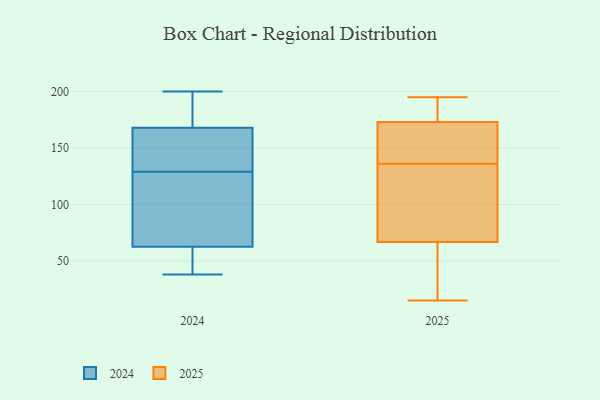
{"axis": {"x": "Inventory Turnover", "y": "Value"}, "legend": ["2024", "2025"], "data": [{"x": "", "y": 144, "type": "2025"}, {"x": "", "y": 19, "type": "2025"}, {"x": "", "y": 109, "type": "2025"}, {"x": "", "y": 167, "type": "2025"}, {"x": "", "y": 123, "type": "2025"}, {"x": "", "y": 110, "type": "2025"}, {"x": "", "y": 81, "type": "2025"}, {"x": "", "y": 186, "type": "2025"}, {"x": "", "y": 15, "type": "2025"}, {"x": "", "y": 173, "type": "2025"}, {"x": "", "y": 194, "type": "2025"}, {"x": "", "y": 25, "type": "2025"}, {"x": "", "y": 136, "type": "2025"}, {"x": "", "y": 28, "type": "2025"}, {"x": "", "y": 181, "type": "2025"}, {"x": "", "y": 143, "type": "2025"}, {"x": "", "y": 62, "type": "2025"}, {"x": "", "y": 173, "type": "2025"}, {"x": "", "y": 195, "type": "2025"}, {"x": "", "y": 160, "type": "2024"}, {"x": "", "y": 200, "type": "2024"}, {"x": "", "y": 103, "type": "2024"}, {"x": "", "y": 105, "type": "2024"}, {"x": "", "y": 180, "type": "2024"}, {"x": "", "y": 45, "type": "2024"}, {"x": "", "y": 160, "type": "2024"}, {"x": "", "y": 176, "type": "2024"}, {"x": "", "y": 62, "type": "2024"}, {"x": "", "y": 153, "type": "2024"}, {"x": "", "y": 63, "type": "2024"}, {"x": "", "y": 38, "type": "2024"}]}